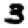
Digit: 3